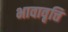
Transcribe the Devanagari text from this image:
भावावृत्ति